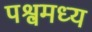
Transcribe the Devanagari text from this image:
पश्वमध्य